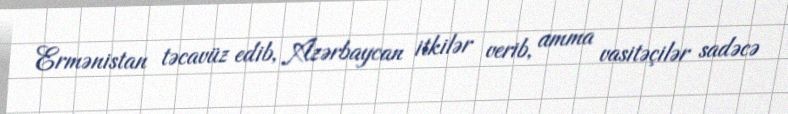
Ermənistan təcavüz edib, Azərbaycan itkilər verib, amma vasitəçilər sadəcə